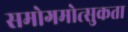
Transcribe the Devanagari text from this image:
समोगमोत्सुकता